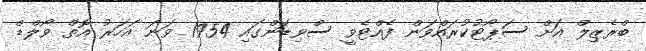
ބްރެޒިލް އަށް ސަޕޯޓުކުރައްވަން ފެއްޓެވީ ސްވިޑަންގައި 1954 ވަނަ އަހަރު އޮތް ވޯލްޑް